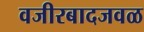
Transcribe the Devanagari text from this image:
वजीरबादजवळ